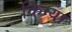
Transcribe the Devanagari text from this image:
किन्या